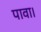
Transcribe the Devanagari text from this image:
पावा।